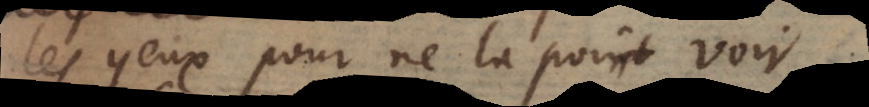
les yeux pour ne la point voir.